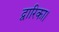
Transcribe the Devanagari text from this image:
द्वारिका।